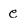
Character: e